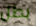
بطل